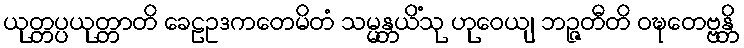
ယုတ္တပ္ပယုတ္တာတိ ခေဠဥဒကတေမိတံ သမ္မန္တယိံသု ဟုဝေယျ ဘဉ္ဇတီတိ ဝဍ္ဎေတဗ္ဗန္တိ